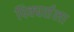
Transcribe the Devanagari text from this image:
पिक्चर्सला